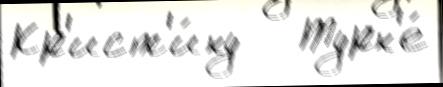
Кр'ист'и́ну   Турн'е́